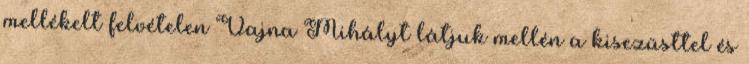
mellékelt felvételen Vajna Mihályt látjuk mellén a kis­ezüsttel és